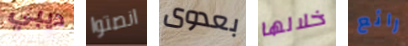
ديبي انصتوا بعدوى خلالها رائع